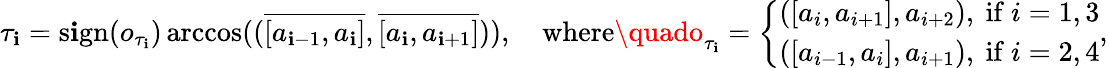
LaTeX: \tau_{\mathbf{i}}=\mathrm{{s\mathbf{i}gn}}(o_{\tau_{\mathbf{i}}})\operatorname{arccos}((\overline{{{[a_{\mathbf{i}-1},a_{\mathbf{i}}]}}},\overline{{{[a_{\mathbf{i}},a_{\mathbf{i}+1}]}}})),\quad\mathrm{{where}}\quado_{\tau_{\mathbf{i}}}=\left\{ \begin{array}{ll}{([a_{i},a_{i+1}],a_{i+2}),\mathrm{~if~}i=1,3}\\ {([a_{i-1},a_{i}],a_{i+1}),\mathrm{~if~}i=2,4}\end{array}\right.,